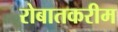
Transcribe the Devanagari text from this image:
रोबातकरीम